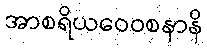
အာစရိယဝေဝစနာနိ